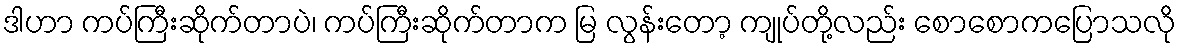
ဒါဟာ ကပ်ကြီးဆိုက်တာပဲ၊ ကပ်ကြီးဆိုက်တာက မြ လွန်းတော့ ကျုပ်တို့လည်း စောစောကပြောသလို